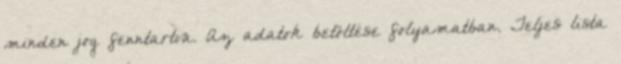
minden jog fenntartva. Az adatok betöltése folyamatban. Teljes lista